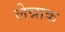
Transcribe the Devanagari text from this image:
लेन्नाक